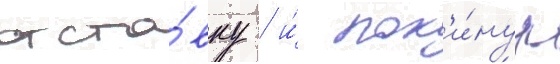
отста́вку / и́ пок'и́нул